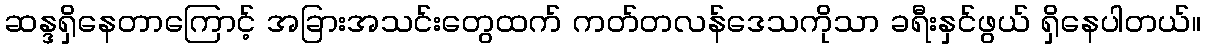
ဆန္ဒရှိနေတာကြောင့် အခြားအသင်းတွေထက် ကတ်တလန်ဒေသကိုသာ ခရီးနှင်ဖွယ် ရှိနေပါတယ်။